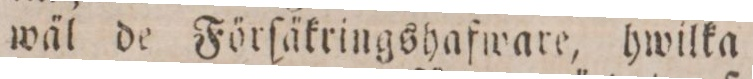
wäl de Förſäkringshafware, hwilka